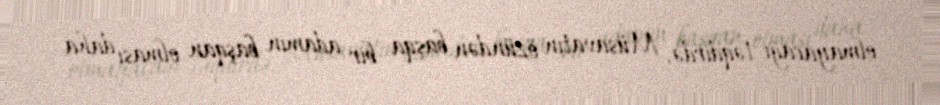
olmayacağı təqdirdə, Müsavatın özündən başqa bir adamın başqan olması daha